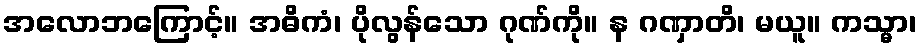
အလောဘကြောင့်။ အဓိကံ၊ ပိုလွန်သော ဂုဏ်ကို။ န ဂဏှာတိ၊ မယူ။ ကသ္မာ၊